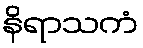
နိရာသကံ